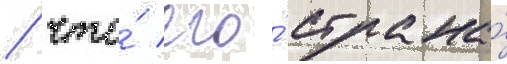
/ что́ его́ страна́